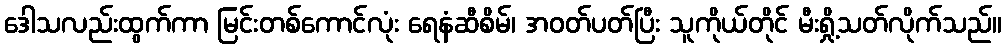
ဒေါသလည်းထွက်ကာ မြင်းတစ်ကောင်လုံး ရေနံဆီစိမ်၊ အဝတ်ပတ်ပြီး သူကိုယ်တိုင် မီးရှို့သတ်လိုက်သည်။